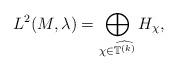
LaTeX: \begin{align*} L^2(M,\lambda)=\bigoplus_{\chi \in \widehat{ {\mathbb T}^{(k)}}} H_\chi,\end{align*}